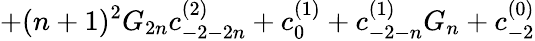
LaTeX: +(n+1)^{2}G_{2n}c_{-2-2n}^{(2)}+c_{0}^{(1)}+c_{-2-n}^{(1)}G_{n}+c_{-2}^{(0)}